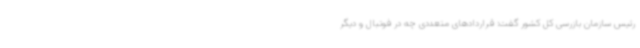
رئیس سازمان بازرسی کل کشور گفت: قراردادهای متعددی چه در فوتبال و دیگر